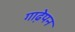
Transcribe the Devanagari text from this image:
गाढे़पन